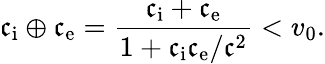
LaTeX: \mathfrak{c}_{\mathrm{{i}}}\oplus\mathfrak{c}_{\mathrm{{e}}}=\frac{{\mathfrak{c}_{\mathrm{{i}}}+\mathfrak{c}_{\mathrm{{e}}}}}{{1+\mathfrak{c}_{\mathrm{{i}}}\mathfrak{c}_{\mathrm{{e}}}/\mathfrak{c}^{2}}}<v_{0}.